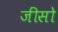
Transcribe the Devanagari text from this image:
जींसो